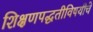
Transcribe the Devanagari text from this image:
शिक्षणपद्धतीविषयीचे